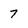
Character: 7